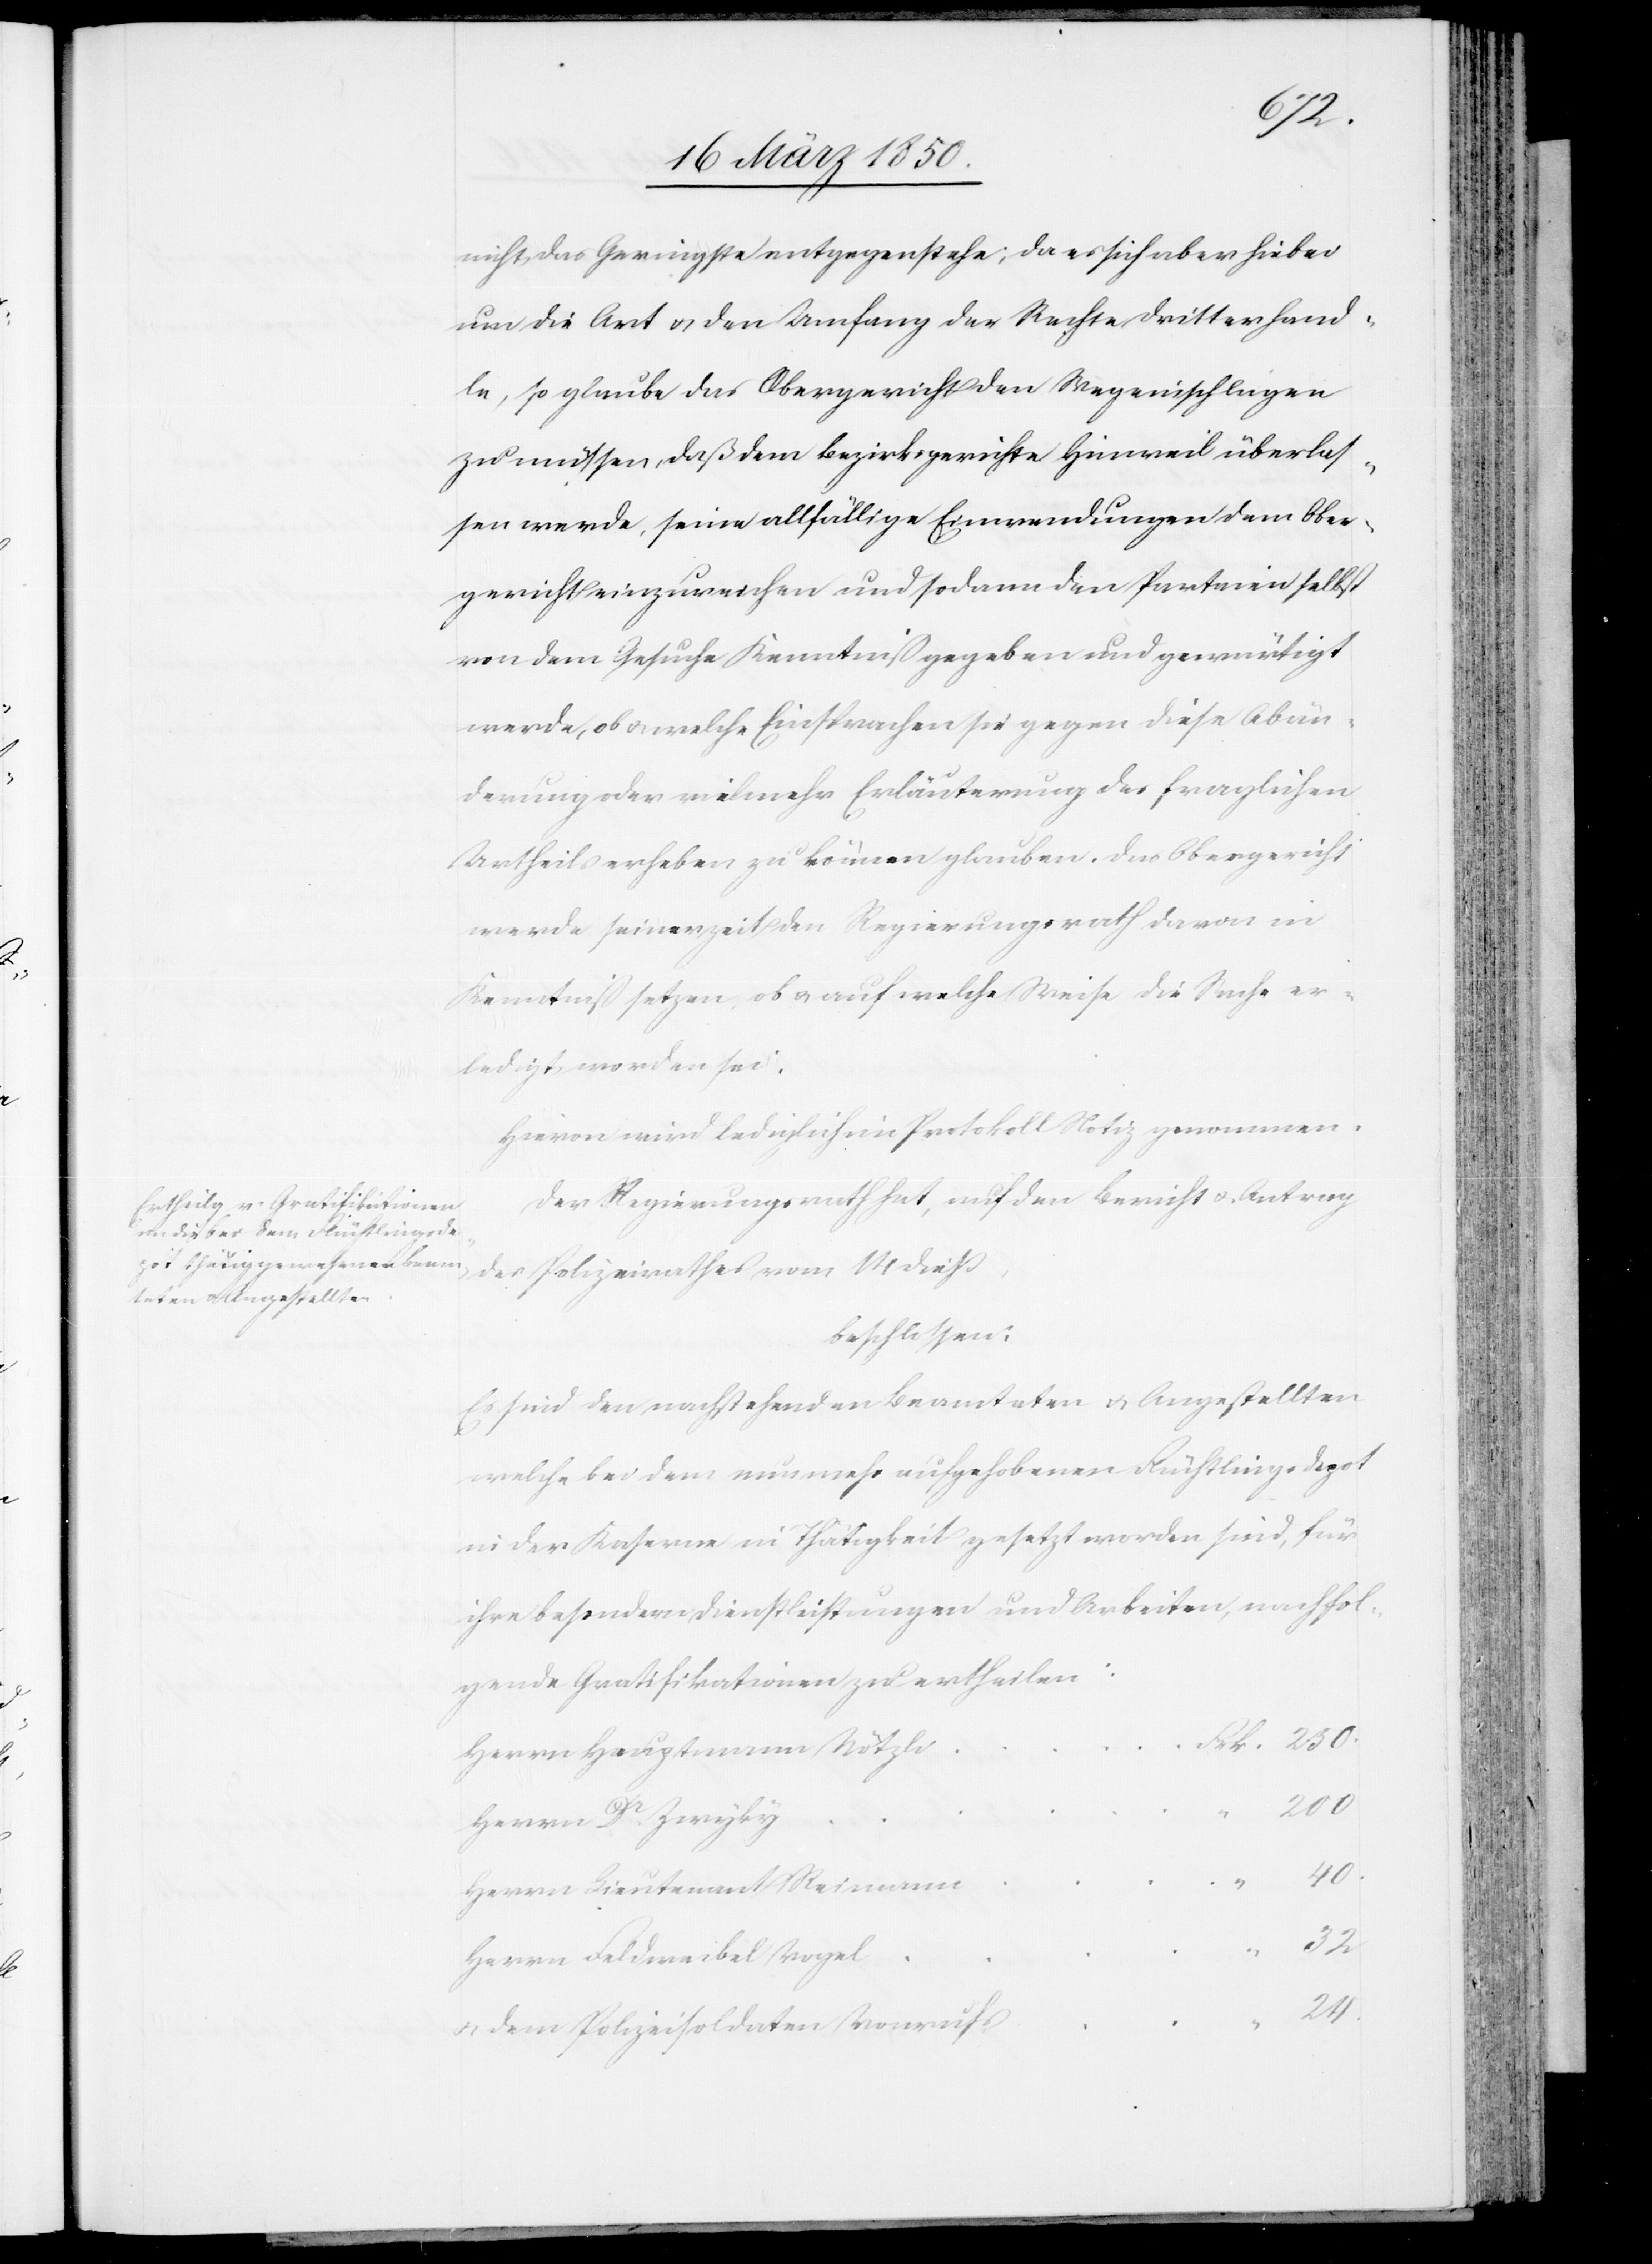
nicht das Geringste entgegenstehe; da es sich aber hiebei
um die Art u. den Umfang der Rechte Dritter hand¬
le, so glaube das Obergericht den Weg einschlagen
zu müssen, daß dem Bezirksgerichte Hinweil überlas¬
sen werde, seine allfällige Einwendungen dem Ober¬
gericht einzureichen und sodann den Parteien selbst
von dem Gesuche Kenntniß gegeben und gewärtigt
werde, ob u. welche Einsprachen sie gegen diese Abän¬
derung oder vielmehr Erläuterung des fraglichen
Urtheils erheben zu können glauben. Das Obergericht
werde seinerzeit den Regierungsrath davon in
Kenntniß setzen, ob u. auf welche Weise die Sache er¬
ledigt worden sei.
Der Regierungsrath hat, auf den Bericht u. Antrag
beschlossen:
Es sind den nachstehenden Beamteten u. Angestellten,
welche bei dem nunmehr aufgehobenen Flüchtlingsdepot
in der Kaserne in Thätigkeit gesetzt worden sind, für
ihre besondern Dienstleistungen und Arbeiten, nachfol¬
gende Gratifikationen zu ertheilen:
Herrn Hauptmann Nötzli
200
Herrn Dr Zwyky
40.
Herrn Lieutenant Reimann
32
Herrn Feldweibel Vogel
24.
u. dem Polizeisoldaten Vonrufs